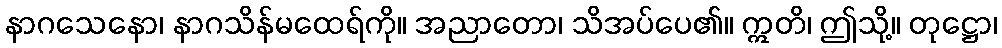
နာဂသေနော၊ နာဂသိန်မထေရ်ကို။ အညာတော၊ သိအပ်ပေ၏။ ဣတိ၊ ဤသို့။ တုဋ္ဌော၊